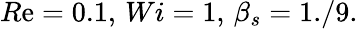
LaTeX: R\mathrm{e}=0.1,\, Wi=1,\, \beta_{s}=1./9.